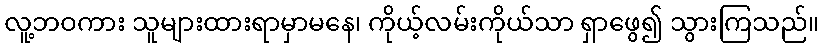
လူ့ဘဝကား သူများထားရာမှာမနေ၊ ကိုယ့်လမ်းကိုယ်သာ ရှာဖွေ၍ သွားကြသည်။